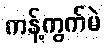
ကန့်ကွက်မဲ